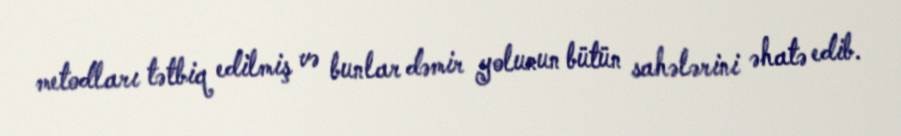
metodları tətbiq edilmiş və bunlar dəmir yolunun bütün sahələrini əhatə edib.